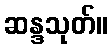
ဆန္ဒသုတ်။